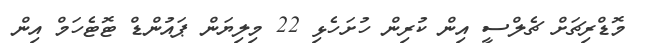
މޮޑްރިޗަށް ޗެލްސީ އިން ކުރިން ހުށަހެޅި 22 މިލިޔަން ޕައުންޑް ޓޮޓެހަމް އިން